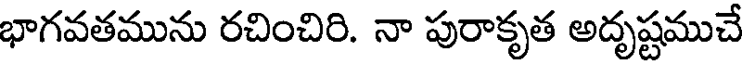
భాగవతమును రచించిరి. నా పురాకృత అదృష్టముచే